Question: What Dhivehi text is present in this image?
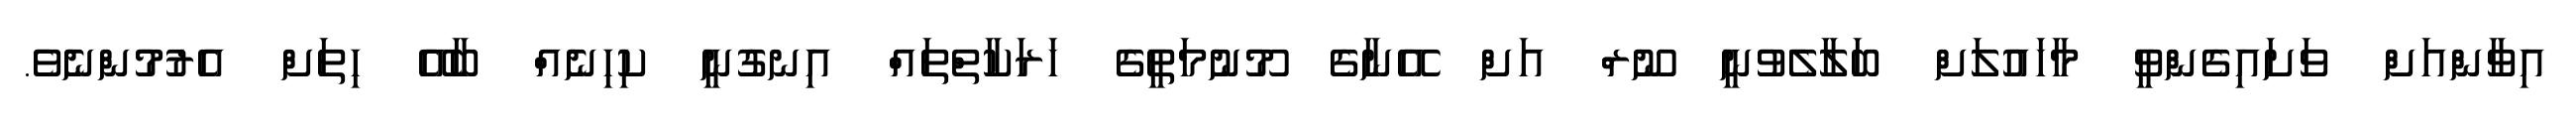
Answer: އިވާންއަށް ވަށައިގެންވީ މާހައުލަށް ބަލާލެވުނީ ނޫރް އަށް އޭނާގެ މޫނުމަތީގެ ހަރަކާތްތައް އިނގުނީ ކިހިނެއް ބާއޭ ހިތަށް އެރުމުންނެވެ.